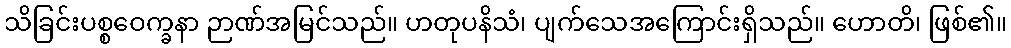
သိခြင်းပစ္စဝေက္ခနာ ဉာဏ်အမြင်သည်။ ဟတုပနိသံ၊ ပျက်သေအကြောင်းရှိသည်။ ဟောတိ၊ ဖြစ်၏။